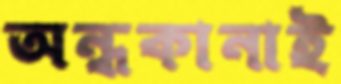
অন্ধকানাই